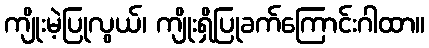
ကျိုးမဲ့ပြုလွယ်၊ ကျိုးရှိပြုခက်ကြောင်းဂါထာ။